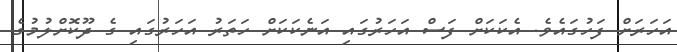
އަހަރަށް ފަހުގައެވެ. އެކަކަށް ފަސް އަހަރުގައި އަނެކަކަށް ހަތަރު އަހަރުގައި ގެ ދޫކޮށްލުމުގެ